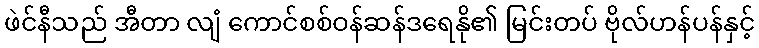
ဖဲင်နီသည် အီတာ လျံ ကောင်စစ်ဝန်ဆန်ဒရေနို၏ မြင်းတပ် ဗိုလ်ဟန်ပန်နှင့်